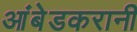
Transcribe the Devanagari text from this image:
आंबेडकरानी